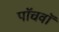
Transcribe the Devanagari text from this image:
पाॅचवाॅ